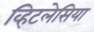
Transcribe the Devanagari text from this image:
व्हिटलेसिया